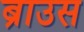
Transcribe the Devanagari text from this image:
ब्राउस